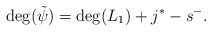
\begin{align*}{\rm deg}(\tilde\psi)={\rm deg}(L_1)+j^\ast-s^-.\end{align*}